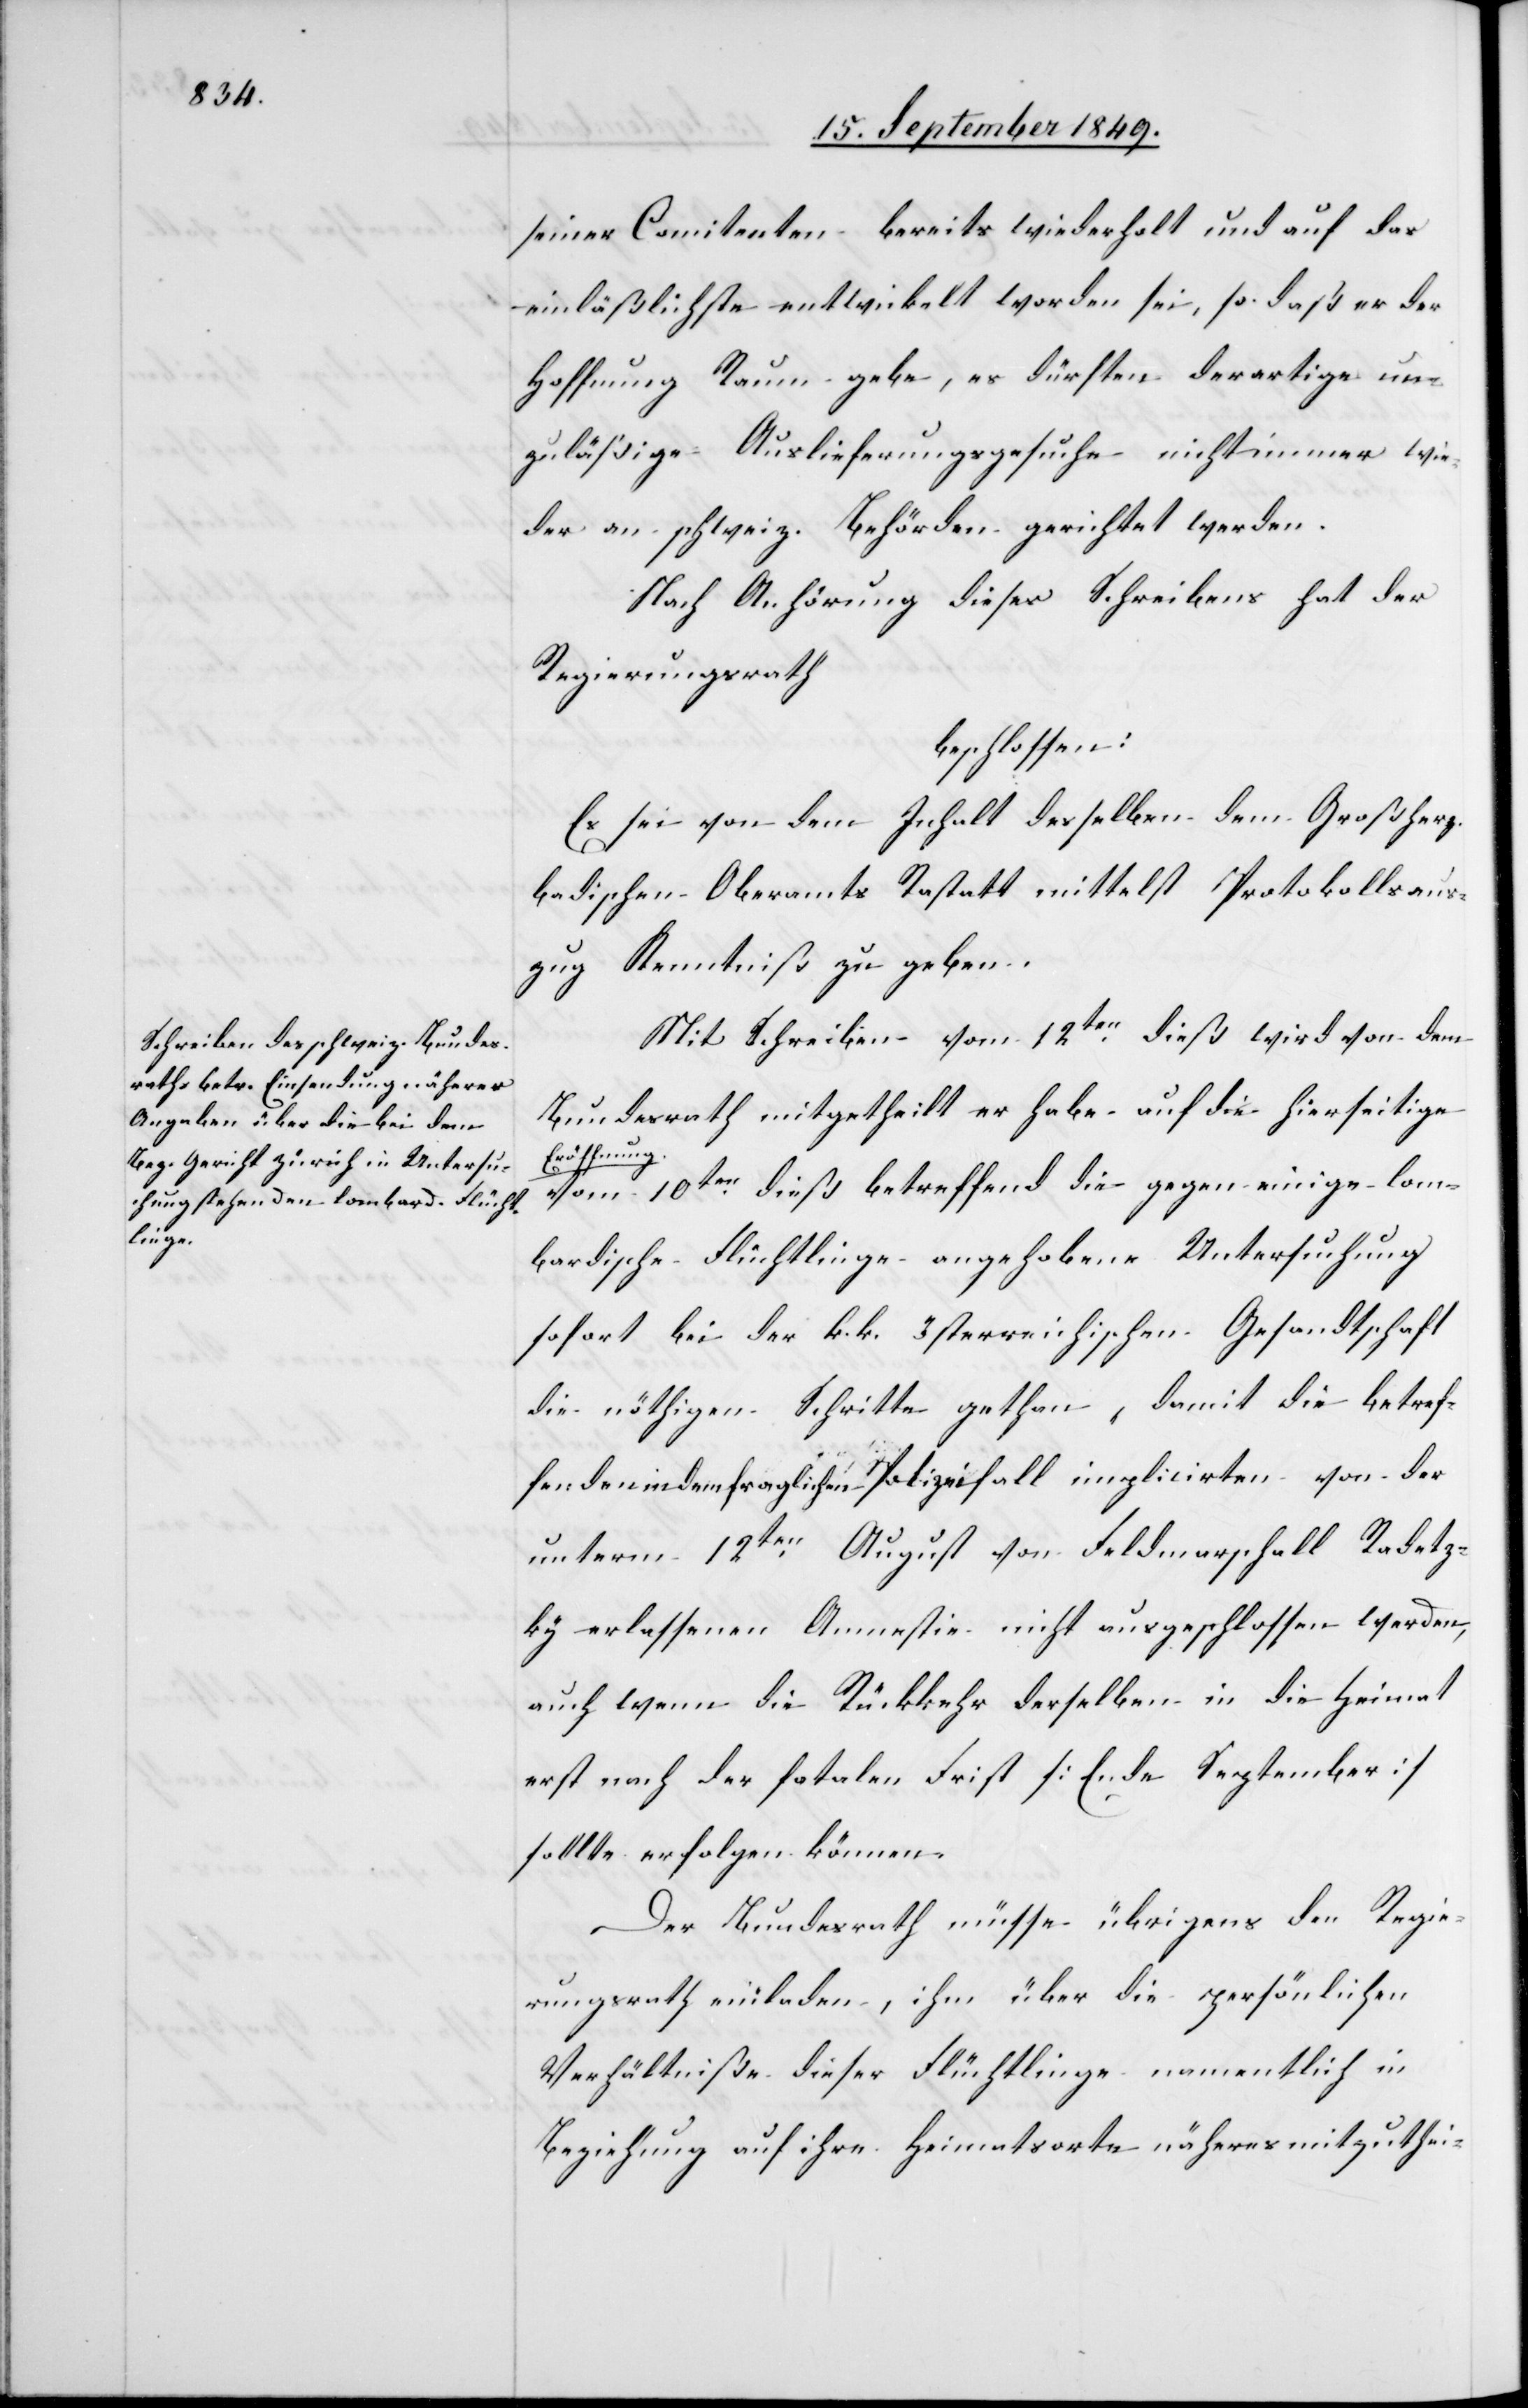
seiner Comitenten bereits wiederholt und auf das
einläßlichste entwickelt worden sei, so daß er der
Hoffnung Raum gebe, es dürften derartige un¬
zuläßige Auslieferungsgesuche nicht immer wie¬
der an schweiz. Behörden gerichtet werden.
Nach Anhörung dieses Schreibens hat der
Regierungsrath
beschlossen:
Es sei von dem Inhalt desselben dem Großherz.
badischen Oberamts Rastatt mittelst Protokollsaus¬
zug Kenntniß zu geben.
Mit Schreiben vom 12ten dieß wird von dem
Bundesrath mitgetheilt er habe auf die hierseitige
Eröffnung
vom 10ten dieß betreffend die gegen einige lom¬
bardische Flüchtlinge angehobene Untersuchung
sofort bei der k. k. österreichischen Gesandtschaft
die nöthigen Schritte gethan, damit die betref¬
fenden in dem fraglichen Polizeifall implicirte von der
unterm 12ten August von Feldmarschall Radetz¬
ky erlassenen Amnestie nicht ausgeschlossen werden,
auch wenn die Rückkehr derselben in die Heimat
erst nach der fatalen Frist [Ende September]
sollte erfolgen können.
Der Bundesrath müsse übrigens den Regie¬
rungsrath einladen, ihm über die persönlichen
Verhältniße dieser Flüchtlinge namentlich in
Beziehung auf ihre Heimatorte näheres mitzuthei-